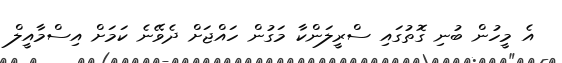
އެ މީހުން ބުނި ގޮތުގައި ސްރީލަންކާ މަގުން ހައްޖަށް ދެވޭނެ ކަމަށް އިސްމާއީލް